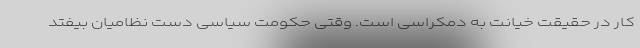
کار در حقیقت خیانت به دمکراسی است. وقتی حکومت سیاسی دست نظامیان بیفتد